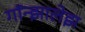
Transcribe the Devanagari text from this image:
गॉन्झालेझ